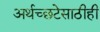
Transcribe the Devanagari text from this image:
अर्थच्छटेसाठीही